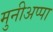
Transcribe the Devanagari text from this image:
मुनीअप्पा